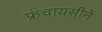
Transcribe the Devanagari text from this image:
फ्रंचायसीने